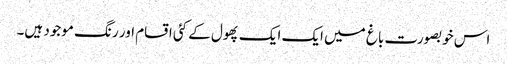
اس خوبصورت باغ میں ایک ایک پھول کے کئی اقسام اور رنگ موجود ہیں۔